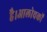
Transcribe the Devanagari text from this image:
है।आलोचकों